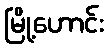
မြို့ဟောင်း